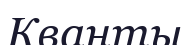
Кванты